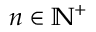
n \in \mathbb { N } ^ { + }